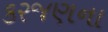
કરજણના